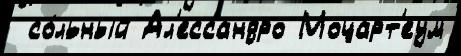
 со́льный Ал'ессандро Моцарт'еум